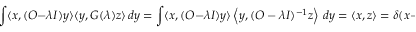
\int \langle x , ( O - \lambda I ) y \rangle \langle y , G ( \lambda ) z \rangle \, d y = \int \langle x , ( O - \lambda I ) y \rangle \left\langle y , ( O - \lambda I ) ^ { - 1 } z \right\rangle \, d y = \langle x , z \rangle = \delta ( x - z ) .